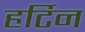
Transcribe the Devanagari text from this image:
हर्टिन